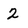
Character: 2